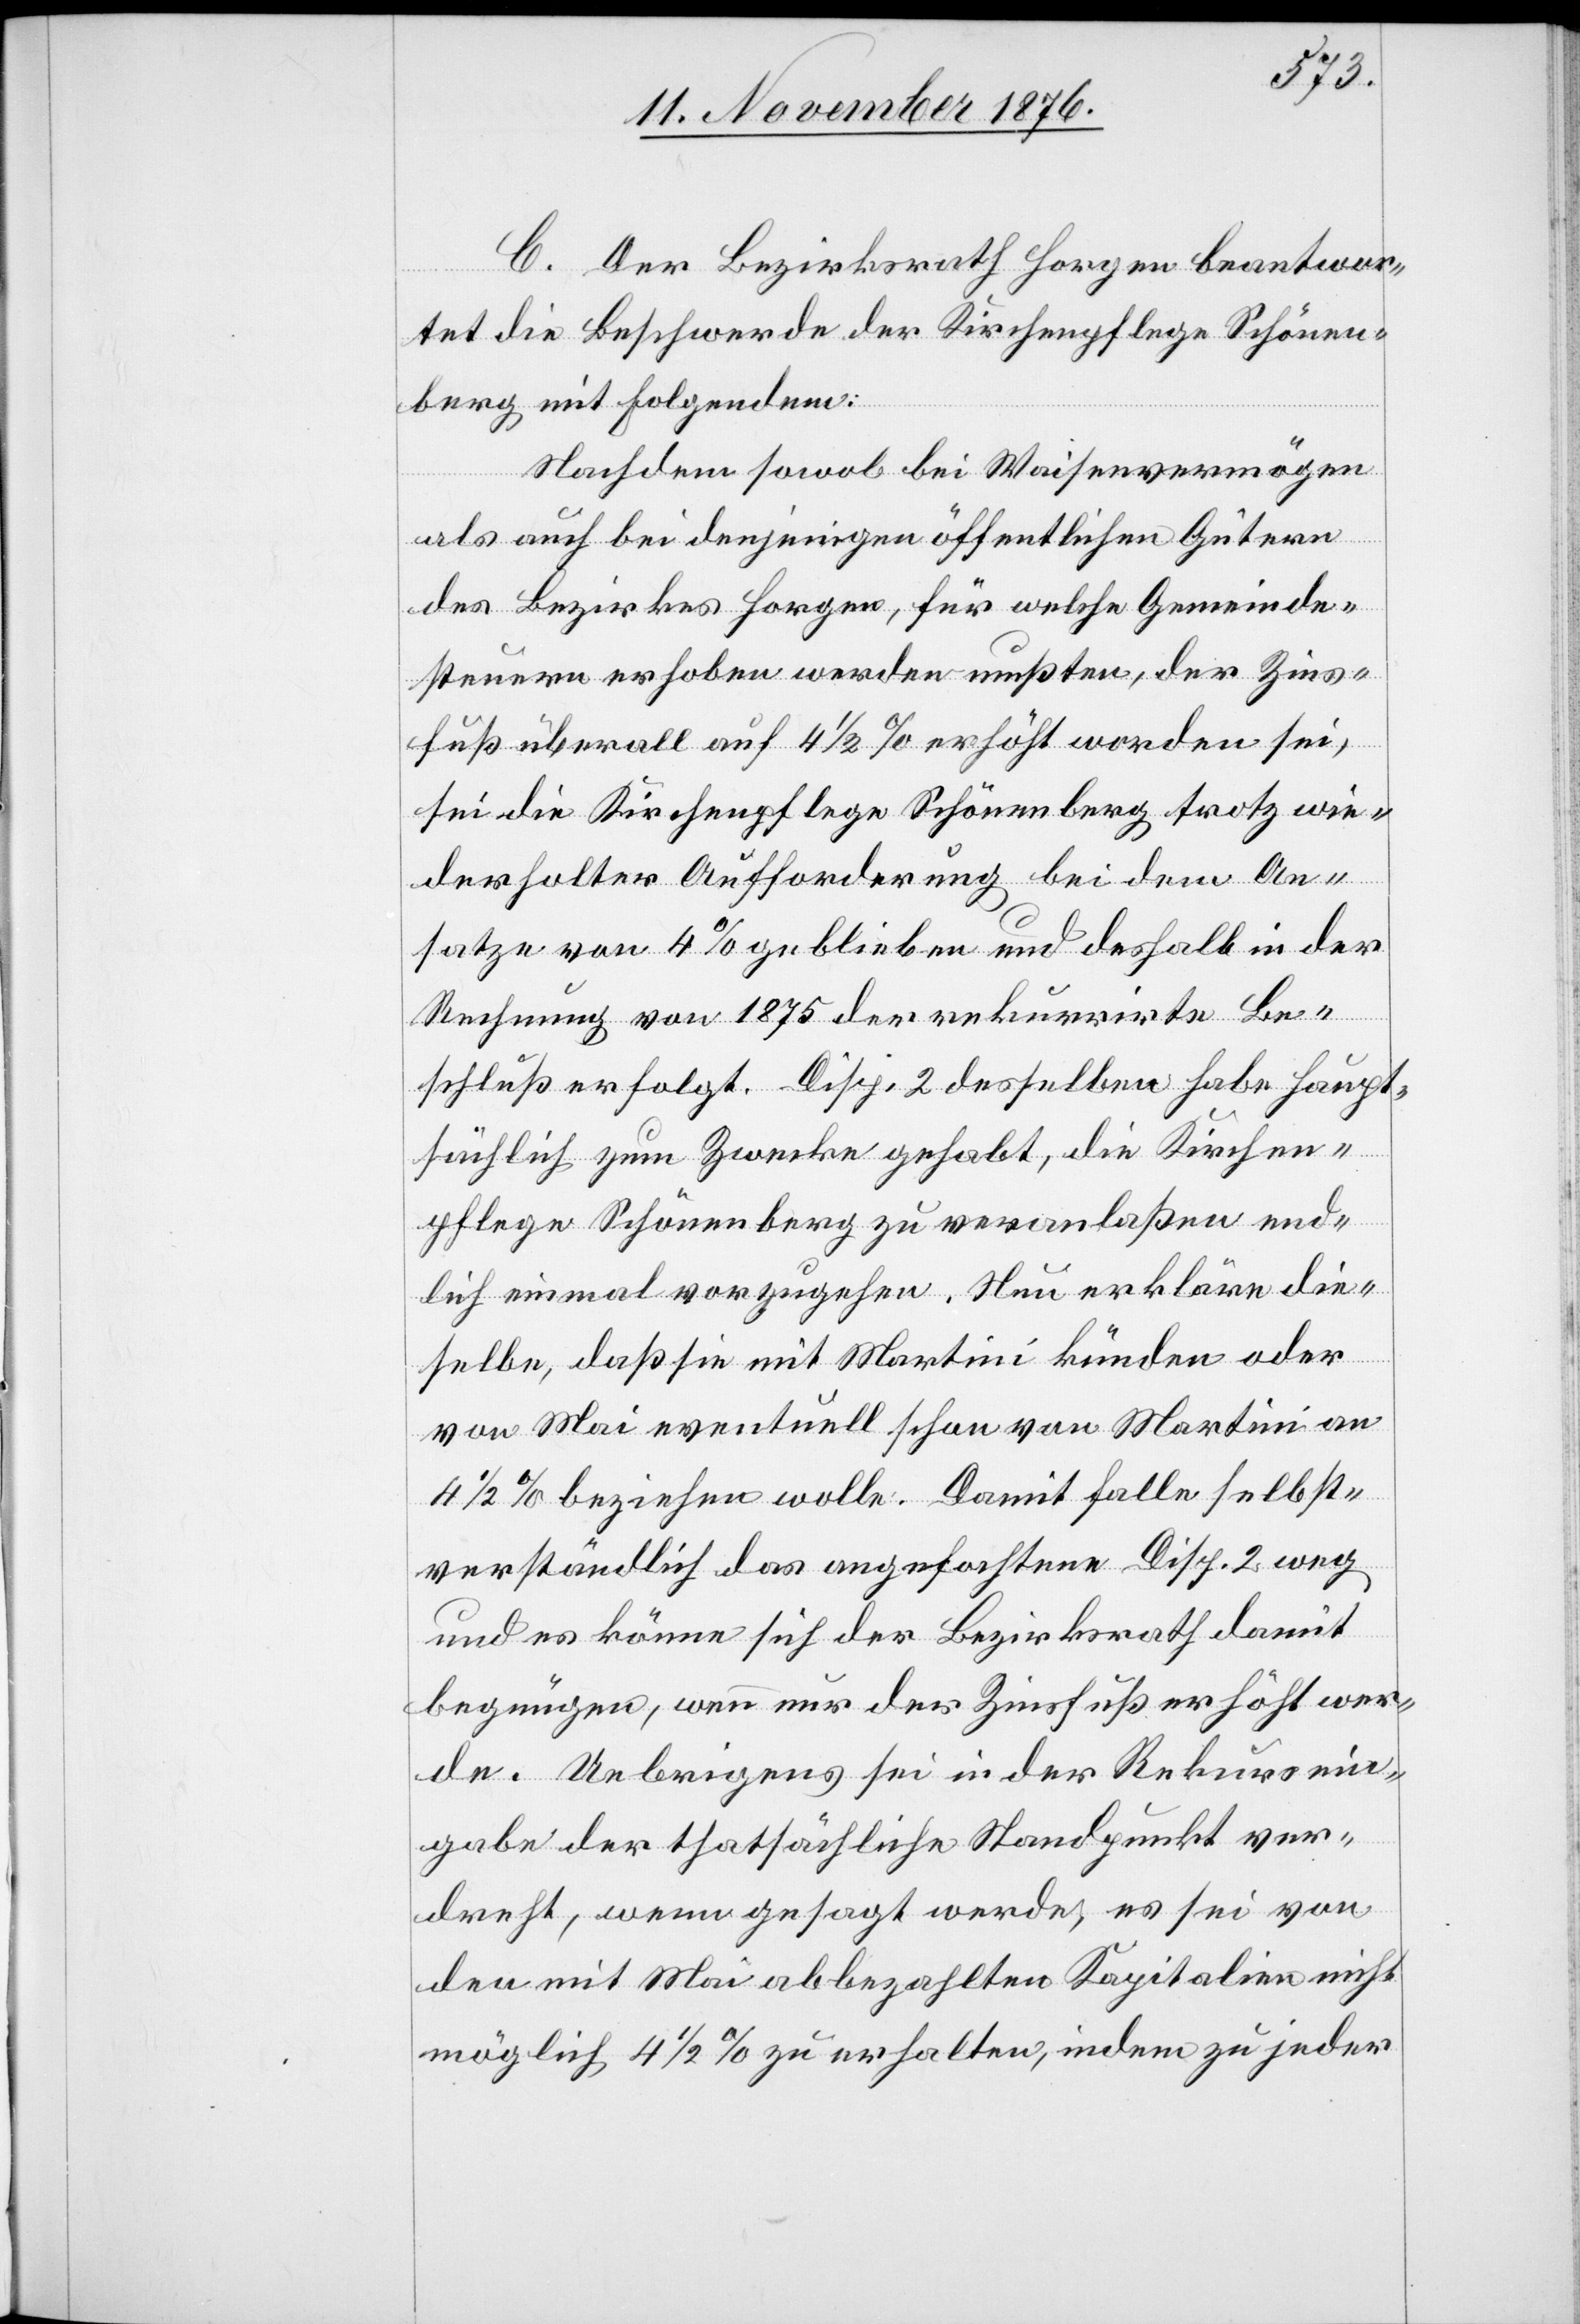
C. Der Bezirksrath Horgen beantwor¬
tet die Beschwerde der Kirchenpflege Schönen¬
berg mit Folgendem:
Nachdem sowol bei Waisenvermögen
als auch bei denjenigen öffentlichen Gütern
des Bezirkes Horgen, für welche Gemeinde¬
steuern erhoben werden mußten, der Zins¬
fuß überall auf 4 1/2% erhöht worden sei,
sei die Kirchenpflege Schönenberg trotz wie¬
derholter Aufforderung bei dem An¬
satz von 4% geblieben und deshalb in der
Rechnung von 1875 der rekurrirte Be¬
schluß erfolgt. Disp 2 desselben habe haupt¬
sächlich zum Zwecke gehabt, die Kirchen¬
pflege Schönenberg zu veranlaßen end¬
lich einmal vorzugehen. Neu erkläre die¬
selbe, daß sie mit Martini künden oder
von Mai eventuell schon von Martini an
4 1/2% beziehen wolle. Damit falle selbst¬
verständlich das angefochtene Disp. 2 weg
und es könne sich der Bezirksrath damit
begnügen, wenn nur der Zinsfuß erhöht wer¬
de. Uebrigens sei in der Rekursein¬
gabe der thatsächliche Standpunkt ver¬
dreht, wenn gesagt werde, es sei von
den mit Mai abbezahlten Kapitalien nicht
möglich 4 1/2% zu erhalten, indem zu jeder